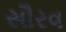
સૌરવ